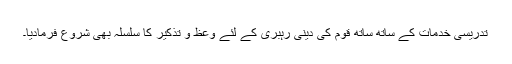
تدریسی خدمات کے ساتھ ساتھ قوم کی دینی رہبری کے لئے وعظ و تذکیر کا سلسلہ بھی شروع فرمادیا۔